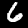
Label: 6